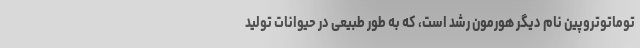
توماتوتروپین نام دیگر هورمون رشد است، که به طور طبیعی در حیوانات تولید